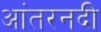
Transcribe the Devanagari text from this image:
आंतरनदी